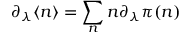
\partial _ { \lambda } \langle n \rangle = \sum _ { n } n \partial _ { \lambda } \pi ( n )